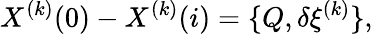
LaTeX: X^{(k)}(0)-X^{(k)}(i)=\{ Q,\delta\xi^{(k)}\} ,